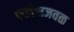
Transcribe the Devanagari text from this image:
फलैसजवळ